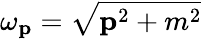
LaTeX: \omega_{\textbf{p}}={\sqrt{{\textbf{p}}^{2}+m^{2}}}